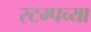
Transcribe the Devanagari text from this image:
स्टम्पच्या